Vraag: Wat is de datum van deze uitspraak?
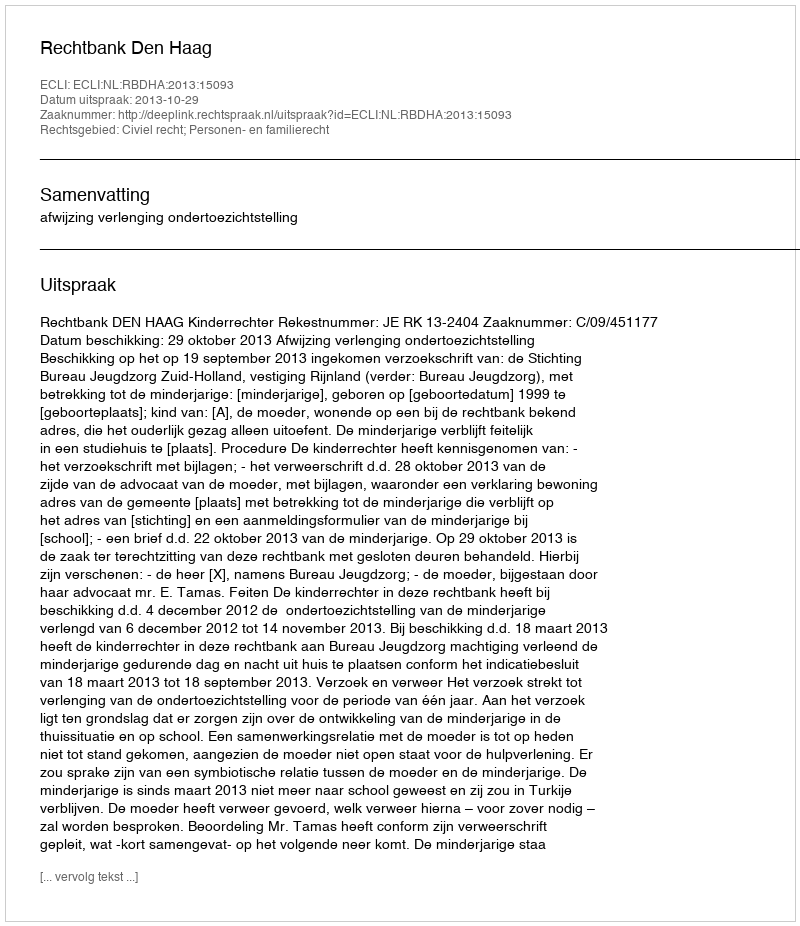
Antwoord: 2013-10-29